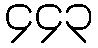
၄၄၃